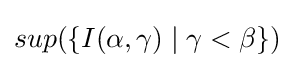
sup(\{I(\alpha ,\gamma )\mid \gamma <\beta \})